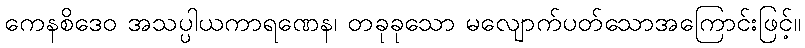
ကေနစိဒေဝ အသပ္ပါယကာရဏေန၊ တခုခုသော မလျောက်ပတ်သောအကြောင်းဖြင့်။